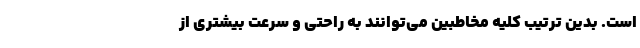
است. بدین ترتیب کلیه مخاطبین می‌توانند به راحتی و سرعت بیشتری از